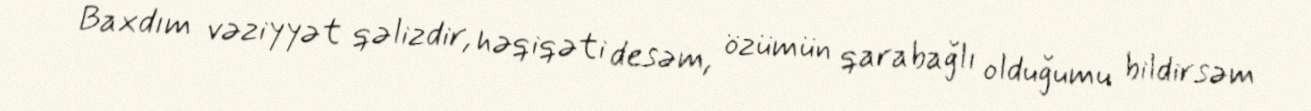
Baxdım vəziyyət qəlizdir, həqiqəti desəm, özümün qarabağlı olduğumu bildirsəm